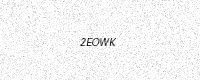
Text: 2EOWK